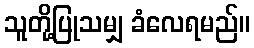
သူတို့ပြုသမျှ ခံလေရမည်။